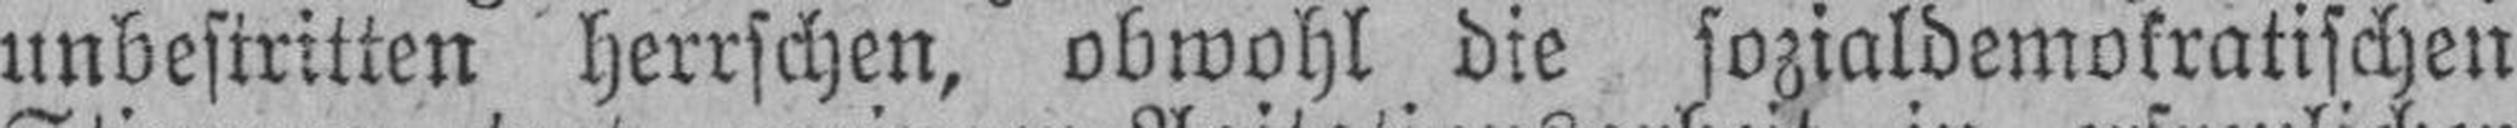
unbestritten herrschen, obwohl die sozialdemokratischen